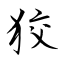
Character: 狡